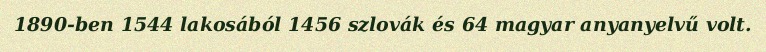
1890-ben 1544 lakosából 1456 szlovák és 64 magyar anyanyelvű volt.